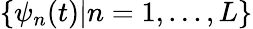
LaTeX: \{ \psi_{n}(t)|n=1,...,L\}